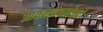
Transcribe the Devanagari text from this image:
आवक्याबाहेरचे